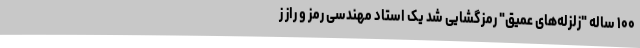
۱۰۰ ساله "زلزله‌های عمیق" رمزگشایی شد یک استاد مهندسی رمز و راز ز